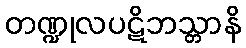
တဏ္ဍုလပဋိဘသ္တာနိ